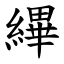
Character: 縪